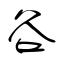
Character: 谷